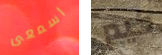
اسمعى كيم